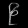
Digit: ၉